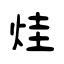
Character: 烓